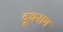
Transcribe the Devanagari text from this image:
दूधनाग